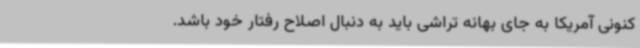
کنونی آمریکا به جای بهانه تراشی باید به دنبال اصلاح رفتار خود باشد.